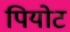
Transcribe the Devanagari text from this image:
पियोट